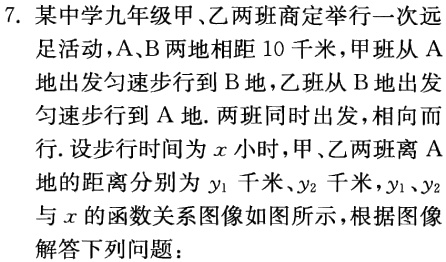
7. 某中学九年级甲、乙两班商定举行一次远
足活动，A、B 两地相距 10 千米，甲班从 A
地出发匀速步行到 B 地，乙班从 B 地出发
匀速步行到 A 地. 两班同时出发，相向而
行. 设步行时间为\(x\)小时，甲、乙两班离 A
地的距离分别为\(y_{1}\)千米、\(y_{2}\)千米，\(y_{1}\)、\(y_{2}\)
与\(x\)的函数关系图像如图所示，根据图像
解答下列问题：